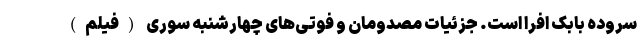
سروده بابک افرا است. جزئیات مصدومان و فوتی‌های چهارشنبه‌ سوری (فیلم)